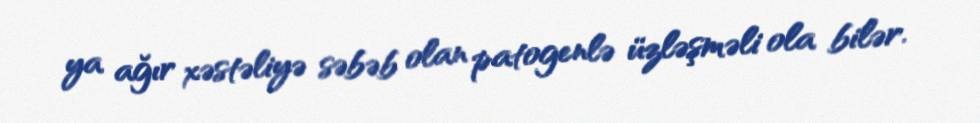
ya ağır xəstəliyə səbəb olan patogenlə üzləşməli ola bilər.